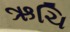
ઋચિ